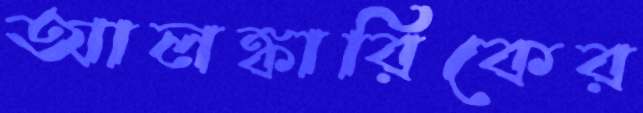
আলঙ্কারিকের